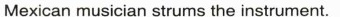
Mexican musician stru ms the instrument.